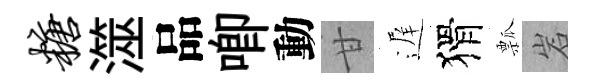
糖澨品唧動甘遅猾瓢岩